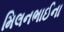
મિલનભાઈના